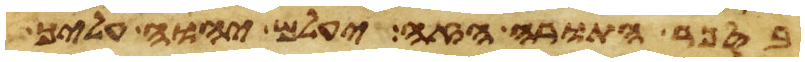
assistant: בספר התורה הזה יעלם יהוה עליך